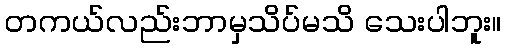
တကယ်လည်းဘာမှသိပ်မသိ သေးပါဘူး။